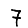
Digit: 7